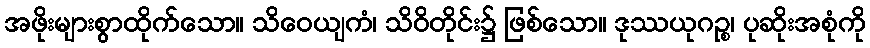
အဖိုးများစွာထိုက်သော။ သိဝေယျကံ၊ သိဝိတိုင်း၌ ဖြစ်သော။ ဒုဿယုဂဉ္စ၊ ပုဆိုးအစုံကို